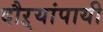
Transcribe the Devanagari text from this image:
दौऱ्यांपायी